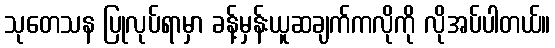
သုတေသန ပြုလုပ်ရာမှာ ခန့်မှန်းယူဆချက်ကလိုကို လိုအပ်ပါတယ်။